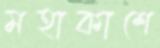
মহাকাশে